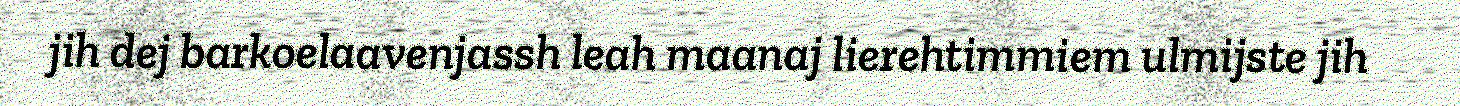
jih dej barkoelaavenjassh leah maanaj lierehtimmiem ulmijste jih